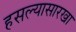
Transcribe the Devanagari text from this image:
हसल्यासारखा